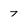
Character: 7